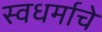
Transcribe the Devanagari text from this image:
स्वधर्माचे